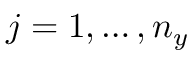
j = 1 , \dots , n _ { y }